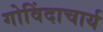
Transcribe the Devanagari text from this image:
गोविंदाचार्य